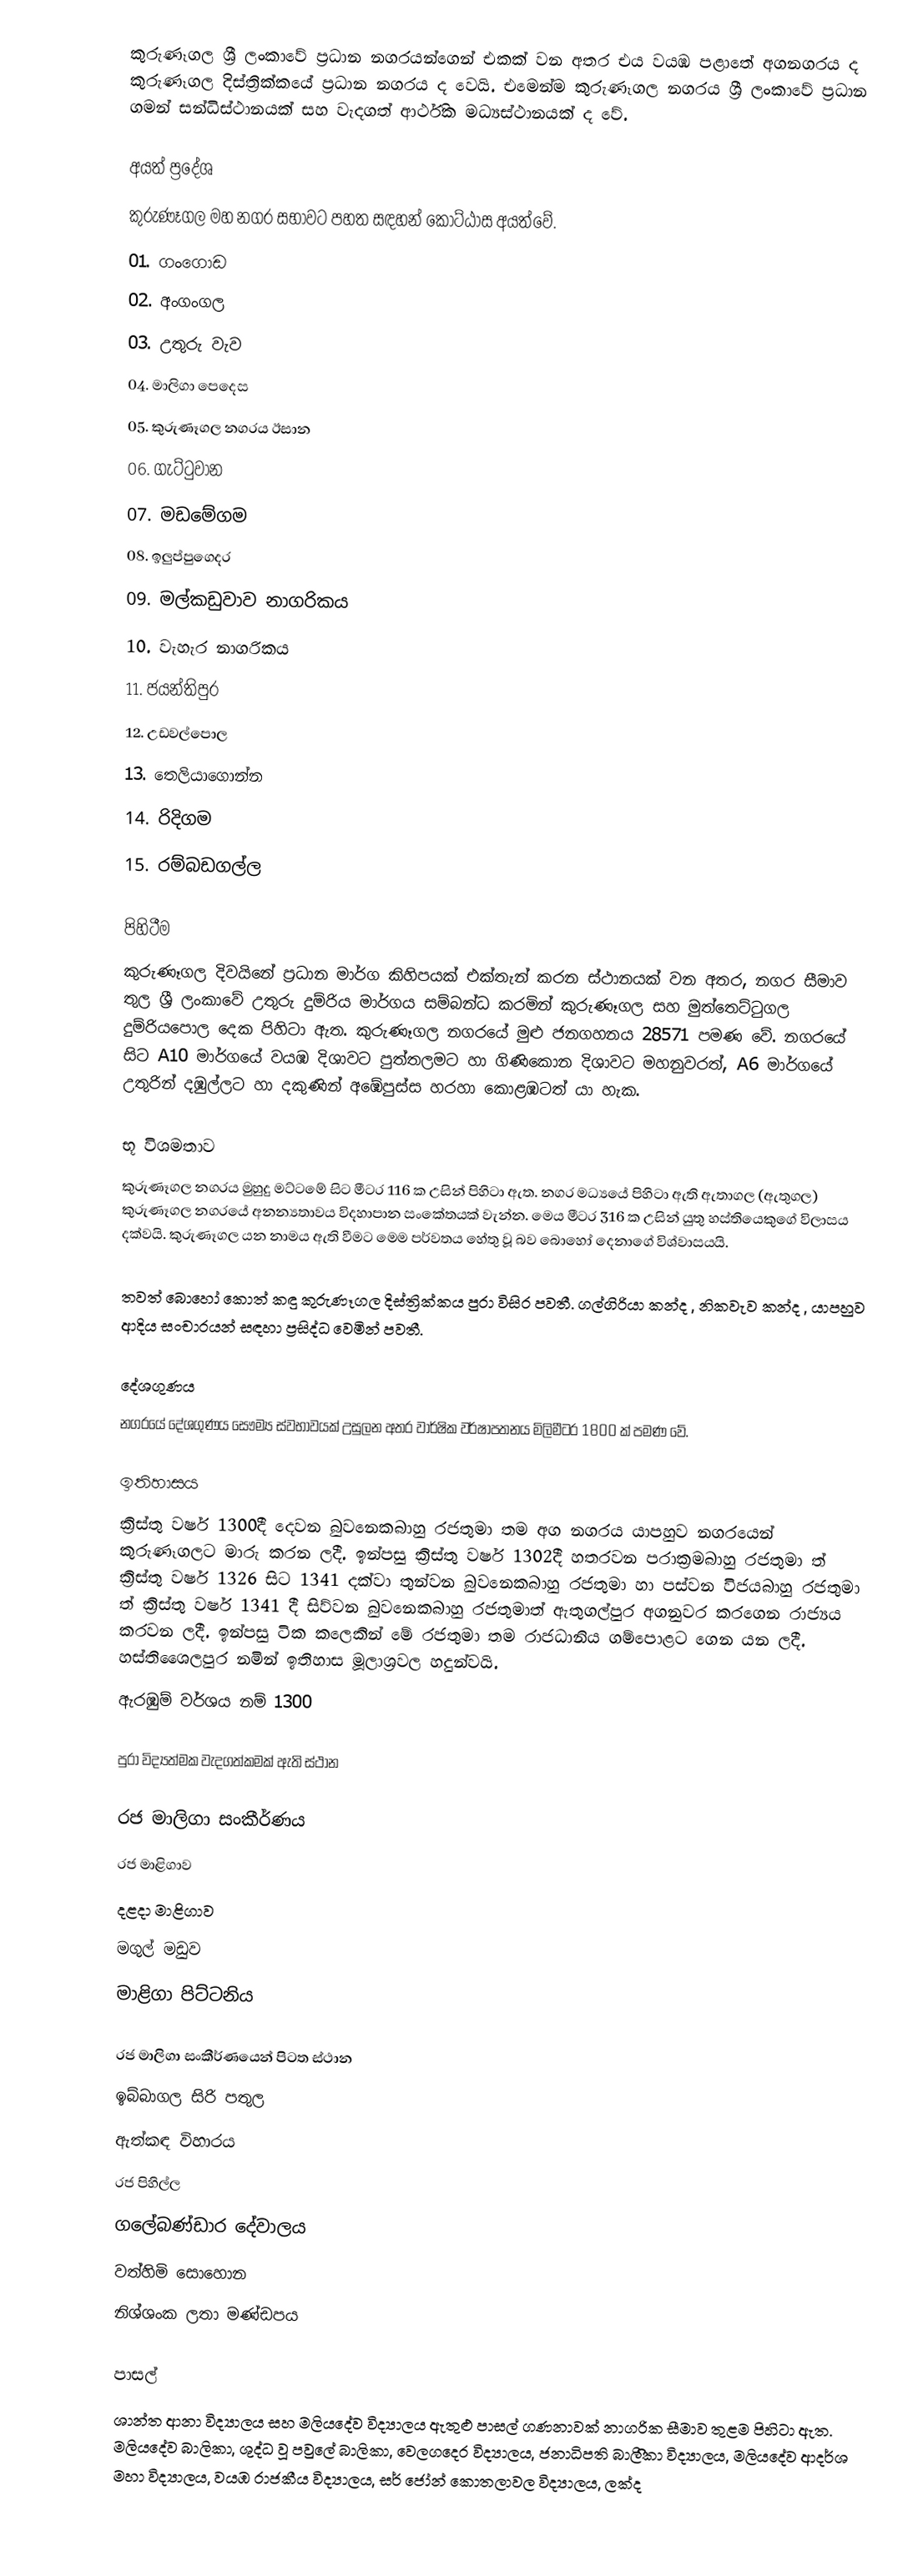
කුරුණෑගල ශ්‍රී ලංකාවේ ප්‍රධාන නගරයන්ගෙන් එකක් වන අතර එය  වයඹ පළාතේ අගනගරය ද කුරුණෑගල දිස්ත්‍රික්කයේ ප්‍රධාන නගරය ද වෙයි. එමෙන්ම කුරුණෑගල නගරය ශ්‍රී ලංකාවේ ප්‍රධාන ගමන් සන්ධිස්ථානයක් සහ වැදගත් ආර්ථික මධ්‍යස්ථානයක් ද වේ.

අයත් ප්‍රදේශ
කුරුණෑගල මහ නගර සභාවට පහත සඳහන් කොට්ඨාස අයත්වේ.
 01. ගංගොඩ
 02. අංගංගල
 03. උතුරු වැව
 04. මාලිගා පෙදෙස
 05. කුරුණෑගල නගරය ඊසාන
 06. ගැට්ටුවාන
 07. මඩමේගම
 08. ඉලුප්පුගෙදර
 09. මල්කඩුවාව නාගරිකය
 10. වැහැර නාගරිකය
 11. ජයන්තිපුර
 12. උඩවල්පොල
 13. තෙලියාගොන්න
 14. රිදිගම
 15. රම්බඩගල්ල

පිහිටීම
කුරුණෑගල දිවයිනේ ප්‍රධාන මාර්ග කිහිපයක් එක්තැන් කරන ස්ථානයක් වන අතර, නගර සීමාව තුල ශ්‍රී ලංකාවේ උතුරු දුම්රිය මාර්ගය සම්බන්ධ කරමින් කුරුණෑගල සහ මුත්තෙට්ටුගල දුම්රියපොල දෙක පිහිටා ඇත. කුරුණෑගල නගරයේ මුළු ජනගහනය 28571 පමණ වේ. නගරයේ සිට A10 මාර්ගයේ වයඹ දිශාවට පුත්තලමට හා ගිණිකොන දිශාවට මහනුවරත්, A6 මාර්ගයේ උතුරින් දඹුල්ලට හා දකුණින් අඹේපුස්ස හරහා කොළඹටත් යා හැක.

භූ විශමතාව
කුරුණෑගල නගරය මුහුදු මට්ටමේ සිට මීටර 116 ක උසින් පිහිටා ඇත. නගර මධ්‍යයේ පිහිටා ඇති ඇතාගල (ඇතුගල) කුරුණෑගල නගරයේ අනන්‍යතාවය විදහාපාන සංකේතයක් වැන්න. මෙය මීටර 316 ක උසින් යුතු හස්තියෙකුගේ විලාසය දක්වයි. කුරුණෑගල යන නාමය ඇති වීමට මෙම පර්වතය හේතු වූ බව බොහෝ දෙනාගේ විශ්වාසයයි.

තවත් බොහෝ කොත් කඳු කුරුණෑගල දිස්ත්‍රික්කය පුරා විසිර පවතී. ගල්ගිරියා කන්ද , නිකවැව කන්ද , යාපහුව ආදිය සංචාරයන් සඳහා ප්‍රසිද්ධ වෙමින් පවතී.

දේශගුණය
නගරයේ දේශගුණය  සෞම්‍ය ස්වභාවයක් උසුලන අතර වාර්ෂික වර්ෂාපතනය මිලිමීටර 1800 ක් පමණ වේ.

ඉතිහාසය
ක්‍රිස්තු වර්ෂ 1300දී දෙවන බුවනෙකබාහු රජතුමා තම අග නගරය යාපහුව නගරයෙන් කුරුණෑගලට මාරු කරන ලදී. ඉන්පසු ක්‍රිස්තු වර්ෂ 1302දී හතරවන පරාක්‍රමබාහු රජතුමා ත්  ක්‍රිස්තු වර්ෂ 1326 සිට 1341 දක්වා තුන්වන බුවනෙකබාහු රජතුමා හා පස්වන විජයබාහු රජතුමා ත් ක්‍රිස්තු වර්ෂ 1341 දී සිව්වන බුවනෙකබාහු රජතුමාත් ඇතුගල්පුර අගනුවර කරගෙන රාජ්‍යය කරවන ලදී. ඉන්පසු ටික කලෙකින් මේ රජතුමා තම රාජධානිය ගම්පොළට ගෙන යන ලදී. හස්තිශෛලපුර නමින් ඉතිහාස මූලාශ්‍රවල හදුන්වයි.
ඇරඹුම් වර්ශය නම් 1300

පුරා විද්‍යත්මක වැදගත්කමක් ඇති ස්ථාන

රජ මාලිගා සංකීර්ණය
 රජ මාළිගාව
 දළදා මාළිගාව
 මගුල් මඩුව
 මාළිගා පිට්ටනිය

රජ මාලිගා සංකීර්ණයෙන් පිටත ස්ථාන
 ඉබ්බාගල සිරි පතුල
 ඇත්කඳ විහාරය
 රජ පිහිල්ල
 ගලේබණ්ඩාර දේවාලය
 වත්හිමි සොහොන
 නිශ්ශංක ලතා මණ්ඩපය

පාසල්
ශාන්ත ආනා විද්‍යාලය සහ  මලියදේව විද්‍යාලය  ඇතුළු පාසල් ගණනාවක් නාගරික සීමාව තුළම පිහිටා ඇත. මලියදේව බාලිකා, ශුද්ධ වූ පවු‌ලේ බාලිකා, ‌ව‌ෙලගදෙර විද්‍යාලය, ජනාධිපති බාලිිිකා විද්‍යාලය, මලියදේව ආදර්ශ මහා විද්‍යාලය, වයඹ රාජකීය විද්‍යාලය, සර් ජෝන් කොතලාවල විද්‍යාලය, ලක්ද